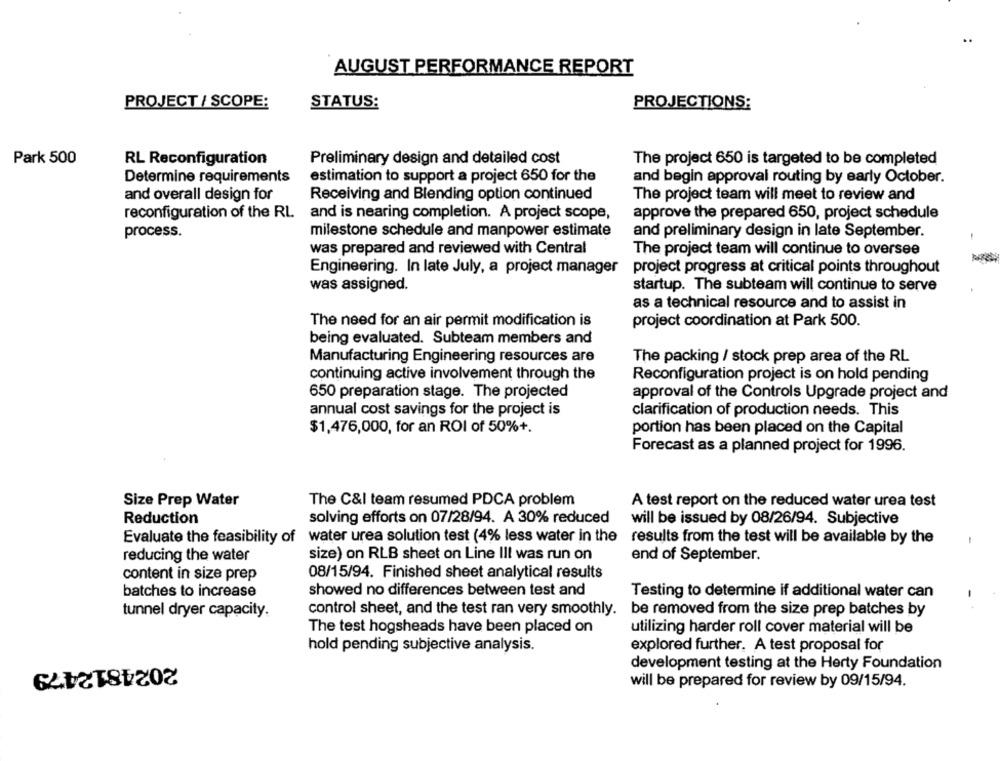
AUGUST PERFORMANCE REPORT
PROJECT / SCOPE:
STATUS:
PROJECTIONS:
Park 500
RL Reconfiguration
Preliminary design and detailed cost
The project 650 is targeted to be completed
Determine requirements
estimation to support a project 650 for the
and begin approval routing by early October.
and overall design for
Receiving and Blending option continued
The project team will meet to review and
reconfiguration of the RL
and is nearing completion. A project scope,
approve the prepared 650, project schedule
process.
milestone schedule and manpower estimate
and preliminary design in late September.
was prepared and reviewed with Central
The project team will continue to oversee
Engineering. In late July, a project manager
project progress at critical points throughout
was assigned.
startup. The subteam will continue to serve
as a technical resource and to assist in
The need for an air permit modification is
project coordination at Park 500.
being evaluated. Subteam members and
Manufacturing Engineering resources are
The packing / stock prep area of the RL
continuing active involvement through the
Reconfiguration project is on hold pending
650 preparation stage. The projected
approval of the Controls Upgrade project and
annual cost savings for the project is
clarification of production needs. This
$1,476,000, for an ROI of 50%+.
portion has been placed on the Capital
Forecast as a planned project for 1996.
Size Prep Water
The C&I team resumed PDCA problem
A test report on the reduced water urea test
Reduction
solving efforts on 07/28/94. A 30% reduced
will be issued by 08/26/94. Subjective
Evaluate the feasibility of
water urea solution test (4% less water in the
results from the test will be available by the
reducing the water
end of September.
size) on RLB sheet on Line Ill was run on
content in size prep
08/15/94. Finished sheet analytical results
batches to increase
showed no differences between test and
Testing to determine if additional water can
tunnel dryer capacity.
control sheet, and the test ran very smoothly. be removed from the size prep batches by
The test hogsheads have been placed on
utilizing harder roll cover material will be
hold pending subjective analysis.
explored further. A test proposal for
2024812479
development testing at the Herty Foundation
will be prepared for review by 09/15/94.